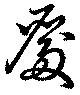
殿